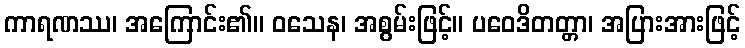
ကာရဏဿ၊ အကြောင်း၏။ ဝသေန၊ အစွမ်းဖြင့်။ ပဝေဒိတတ္တာ၊ အပြားအားဖြင့်